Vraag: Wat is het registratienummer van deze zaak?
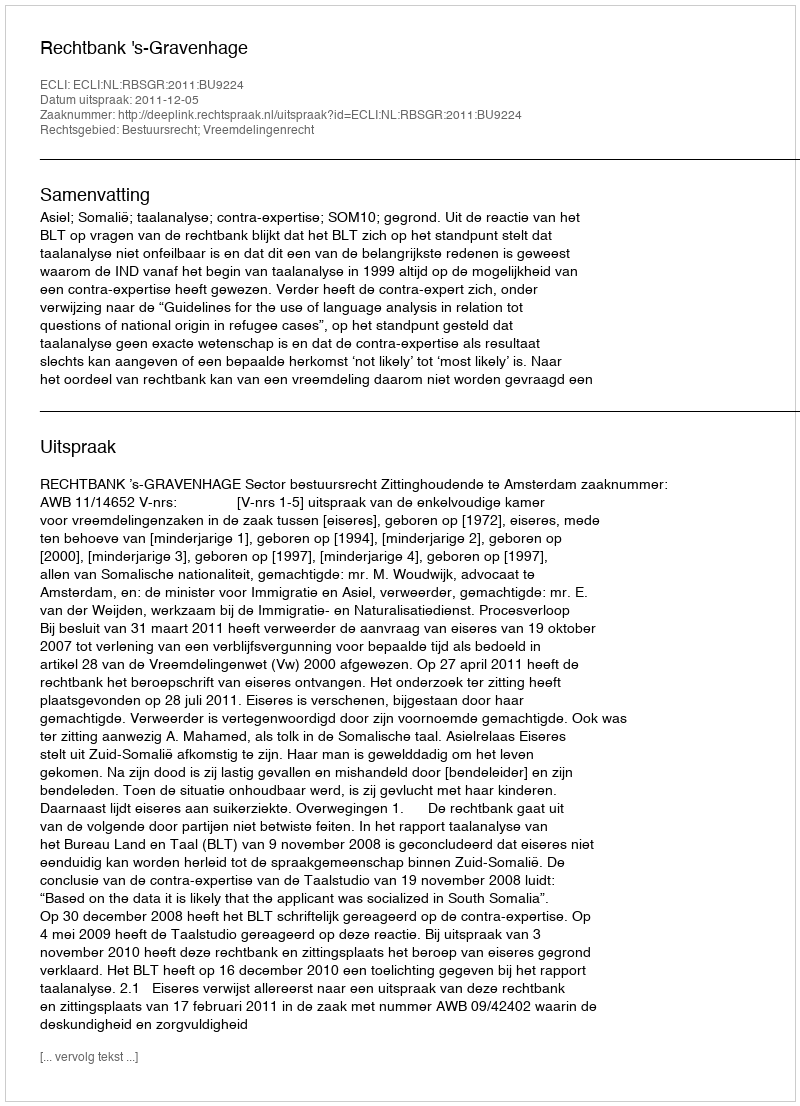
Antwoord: http://deeplink.rechtspraak.nl/uitspraak?id=ECLI:NL:RBSGR:2011:BU9224